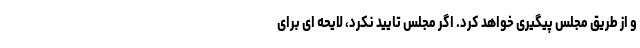
و از طریق مجلس پیگیری خواهد کرد. اگر مجلس تایید نکرد، لایحه ای برای